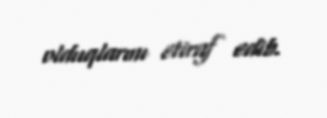
olduqlarını etiraf edib.